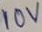
Text: 10V